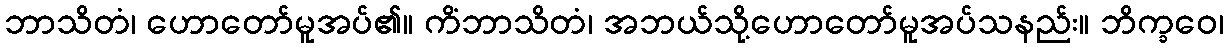
ဘာသိတံ၊ ဟောတော်မူအပ်၏။ ကိံဘာသိတံ၊ အဘယ်သို့ဟောတော်မူအပ်သနည်း။ ဘိက္ခဝေ၊